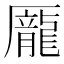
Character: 龎